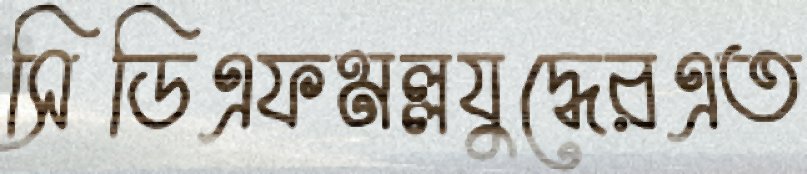
সিডিএফমল্লযুদ্ধেরএত